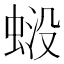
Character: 𧋶